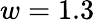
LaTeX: w=1.3